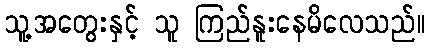
သူ့အတွေးနှင့် သူ ကြည်နူးနေမိလေသည်။